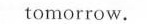
tomorrow.